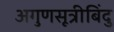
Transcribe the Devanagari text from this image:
अगुणसूत्रीबिंदु